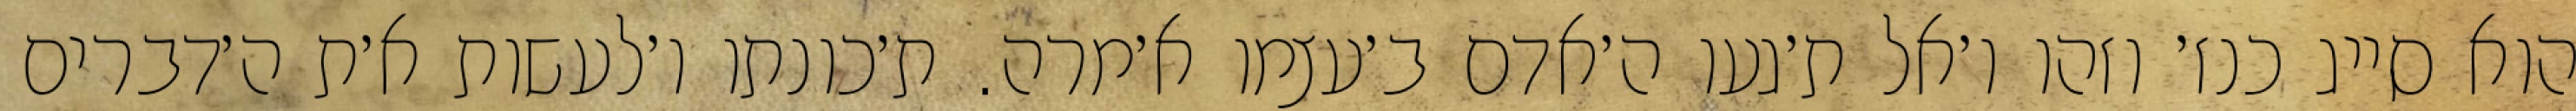
הוא סייג כנז׳ וזהו ו׳אל ת׳געו ה׳אדם ב׳עצמו א׳מרה. ת׳כונתו ו׳לעשות א׳ת ה׳דברים